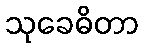
သုခေဓိတာ